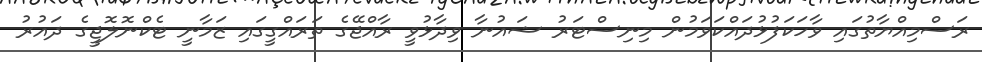
ރަސްމިއްޔާތުގައި ވާހަކަފުޅުދައްކަވަމުން މިނިސްޓަރު ޝައުނާ ވިދާޅުވީ ރާއްޖޭގެ ތަރައްގީގައި ޒަމާނީ ޓެކްނޮލޮޖީގެ ދައުރު